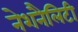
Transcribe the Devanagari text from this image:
नेशनैलिटी